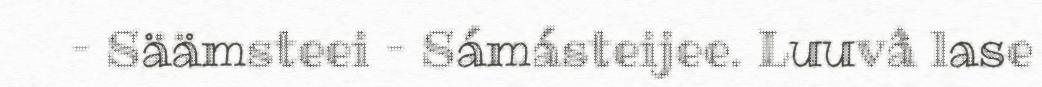
– Säämsteei – Sámásteijee. Luuvâ lase